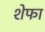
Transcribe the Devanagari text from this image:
शेफा